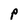
Character: P